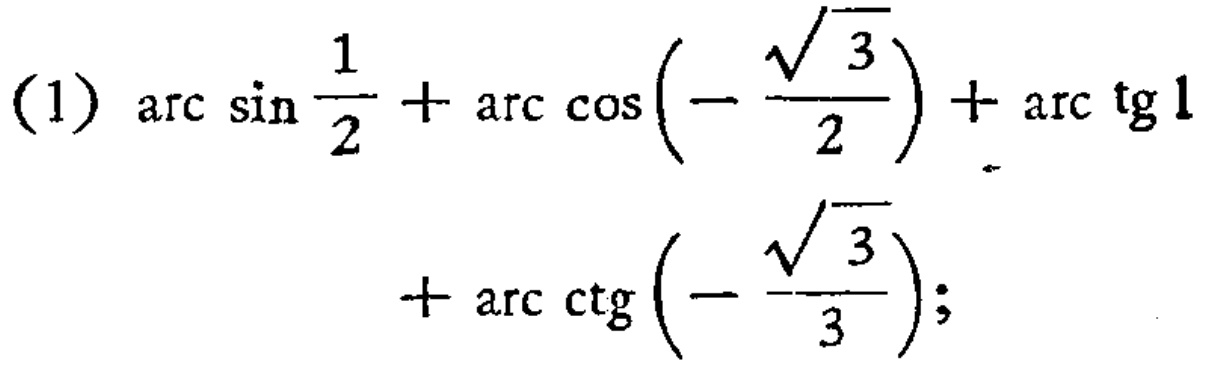
\((1)\ \arcsin\frac{1}{2}+\arccos(-\frac{\sqrt{3}}{2})+\arctan1+\text{arc}\ctg(-\frac{\sqrt{3}}{3});\)